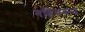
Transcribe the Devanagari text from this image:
गहिवरून